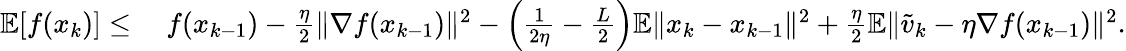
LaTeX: \begin{array}{rl}{\mathbb{E}[f(x_{k})]\leq}&{\ f(x_{k-1})-\frac{\eta}{2}\| \nabla f(x_{k-1})\| ^{2}-\left(\frac{1}{2\eta}-\frac{L}{2}\right)\mathbb{E}\| x_{k}-x_{k-1}\| ^{2}+\frac{\eta}{2}\mathbb{E}\| \widetilde v_{k}-\eta\nabla f(x_{k-1})\| ^{2}.}\end{array}